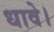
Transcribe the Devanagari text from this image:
धावे।